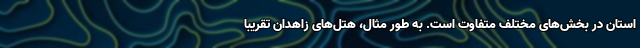
استان در بخش‌های مختلف متفاوت است. به طور مثال، هتل‌های زاهدان تقریباً